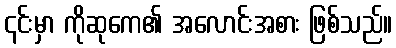
၎င်းမှာ ကိုဆုကေ၏ အလောင်းအစား ဖြစ်သည်။